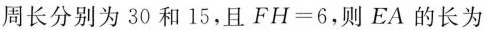
周长分别为30和15，且 %%F H = 6$$，则EA的长为